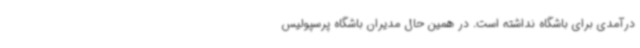
درآمدی برای باشگاه نداشته است. در همین حال مدیران باشگاه پرسپولیس